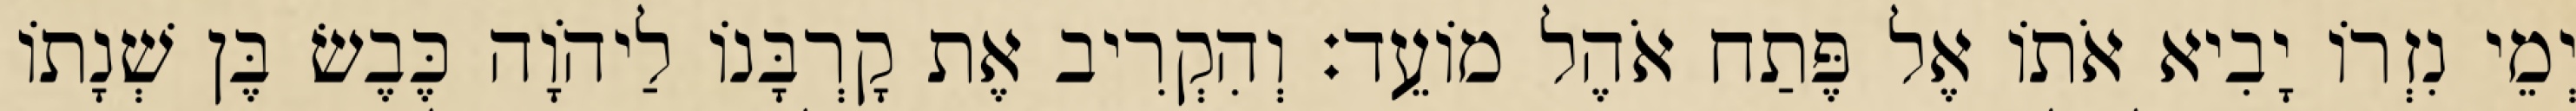
יְמֵי נִזְרוֹ יָבִיא אֹתוֹ אֶל פֶּתַח אֹהֶל מוֹעֵד׃ וְהִקְרִיב אֶת קָרְבָּנוֹ לַיהֹוָה כֶּבֶשׂ בֶּן שְׁנָתוֹ